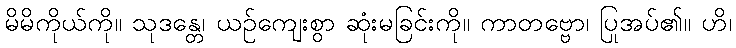
မိမိကိုယ်ကို။ သုဒန္တေ၊ ယဉ်ကျေးစွာ ဆုံးမခြင်းကို။ ကာတဗ္ဗော၊ ပြုအပ်၏။ ဟိ၊